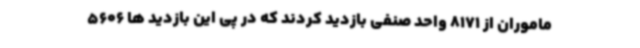
ماموران از 8171 واحد صنفی بازدید کردند که در پی این بازدید ها 5606